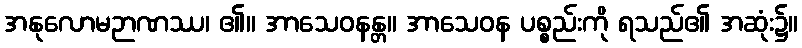
အနုလောမဉာဏဿ၊ ၏။ အာသေဝနန္တ။ အာသေဝန ပစ္စည်းကို ရသည်၏ အဆုံး၌။